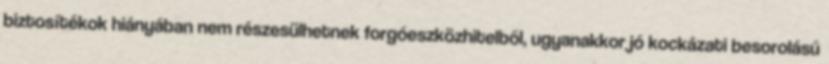
biztosítékok hiányában nem részesülhetnek forgóeszközhitelből, ugyanakkor jó kockázati besorolású